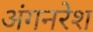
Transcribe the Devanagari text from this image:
अंगनरेश